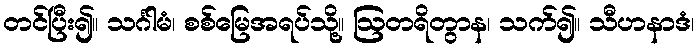
တင်ပြီး၍။ သင်္ဂါမံ၊ စစ်မြေအရပ်သို့။ ဩတရိတွာန၊ သက်၍။ သီဟနာဒံ၊